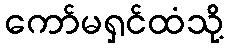
ကော်မရှင်ထံသို့